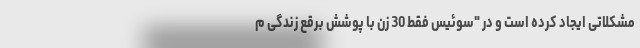
مشکلاتی ایجاد کرده است و در "سوئیس فقط 30 زن با پوشش برقع زندگی م